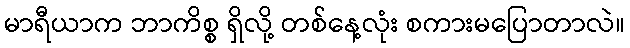
မာရီယာက ဘာကိစ္စ ရှိလို့ တစ်နေ့လုံး စကားမပြောတာလဲ။